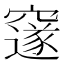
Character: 𮄜